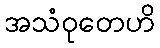
အသံဝုတေဟိ